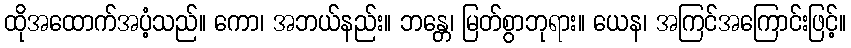
ထိုအထောက်အပံ့သည်။ ကော၊ အဘယ်နည်း။ ဘန္တေ၊ မြတ်စွာဘုရား။ ယေန၊ အကြင်အကြောင်းဖြင့်။